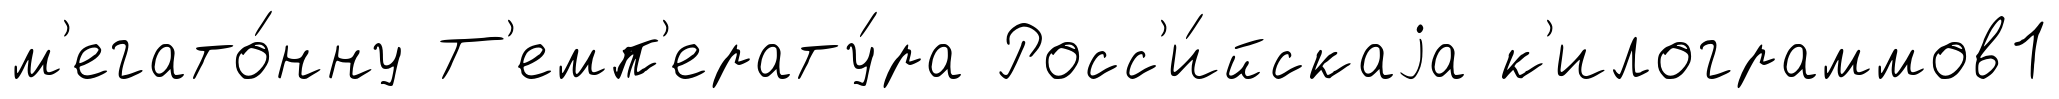
м'егато́нну Т'емп'ерату́ра Росс'и́йскаjа к'илограммов1